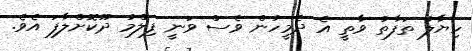
ހިޔާލު ތަފާތު ވާތީ އެ ދެމީހުން ވެސް ވަނީ ފިލްމު ދޫކޮށްލާފަ އެވެ.